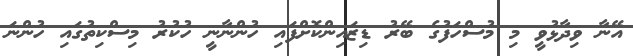
އޭނާ ވިދާޅުވީ މި މުސްހަފުގެ ބޭރު ޑިޒައިންކޮށްފައި ހުންނާނީ ހުކުރު މިސްކިތުގައި ހުންނަ